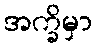
အက္ခိမှာ